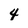
Character: 4